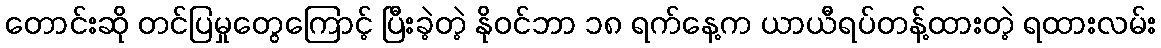
တောင်းဆို တင်ပြမှုတွေကြောင့် ပြီးခဲ့တဲ့ နိုဝင်ဘာ ၁၈ ရက်နေ့က ယာယီရပ်တန့်ထားတဲ့ ရထားလမ်း